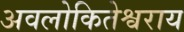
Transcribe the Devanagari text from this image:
अवलोकितेश्वराय